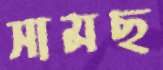
সামছ